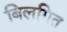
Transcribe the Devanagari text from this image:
बिलगित